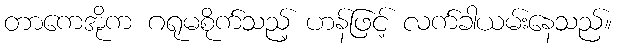
တာကေအိုက ဂရုမစိုက်သည့် ဟန်ဖြင့် လက်ခါယမ်းနေသည်။